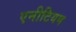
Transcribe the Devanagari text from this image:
एनीटियम